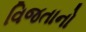
વિજતાનો